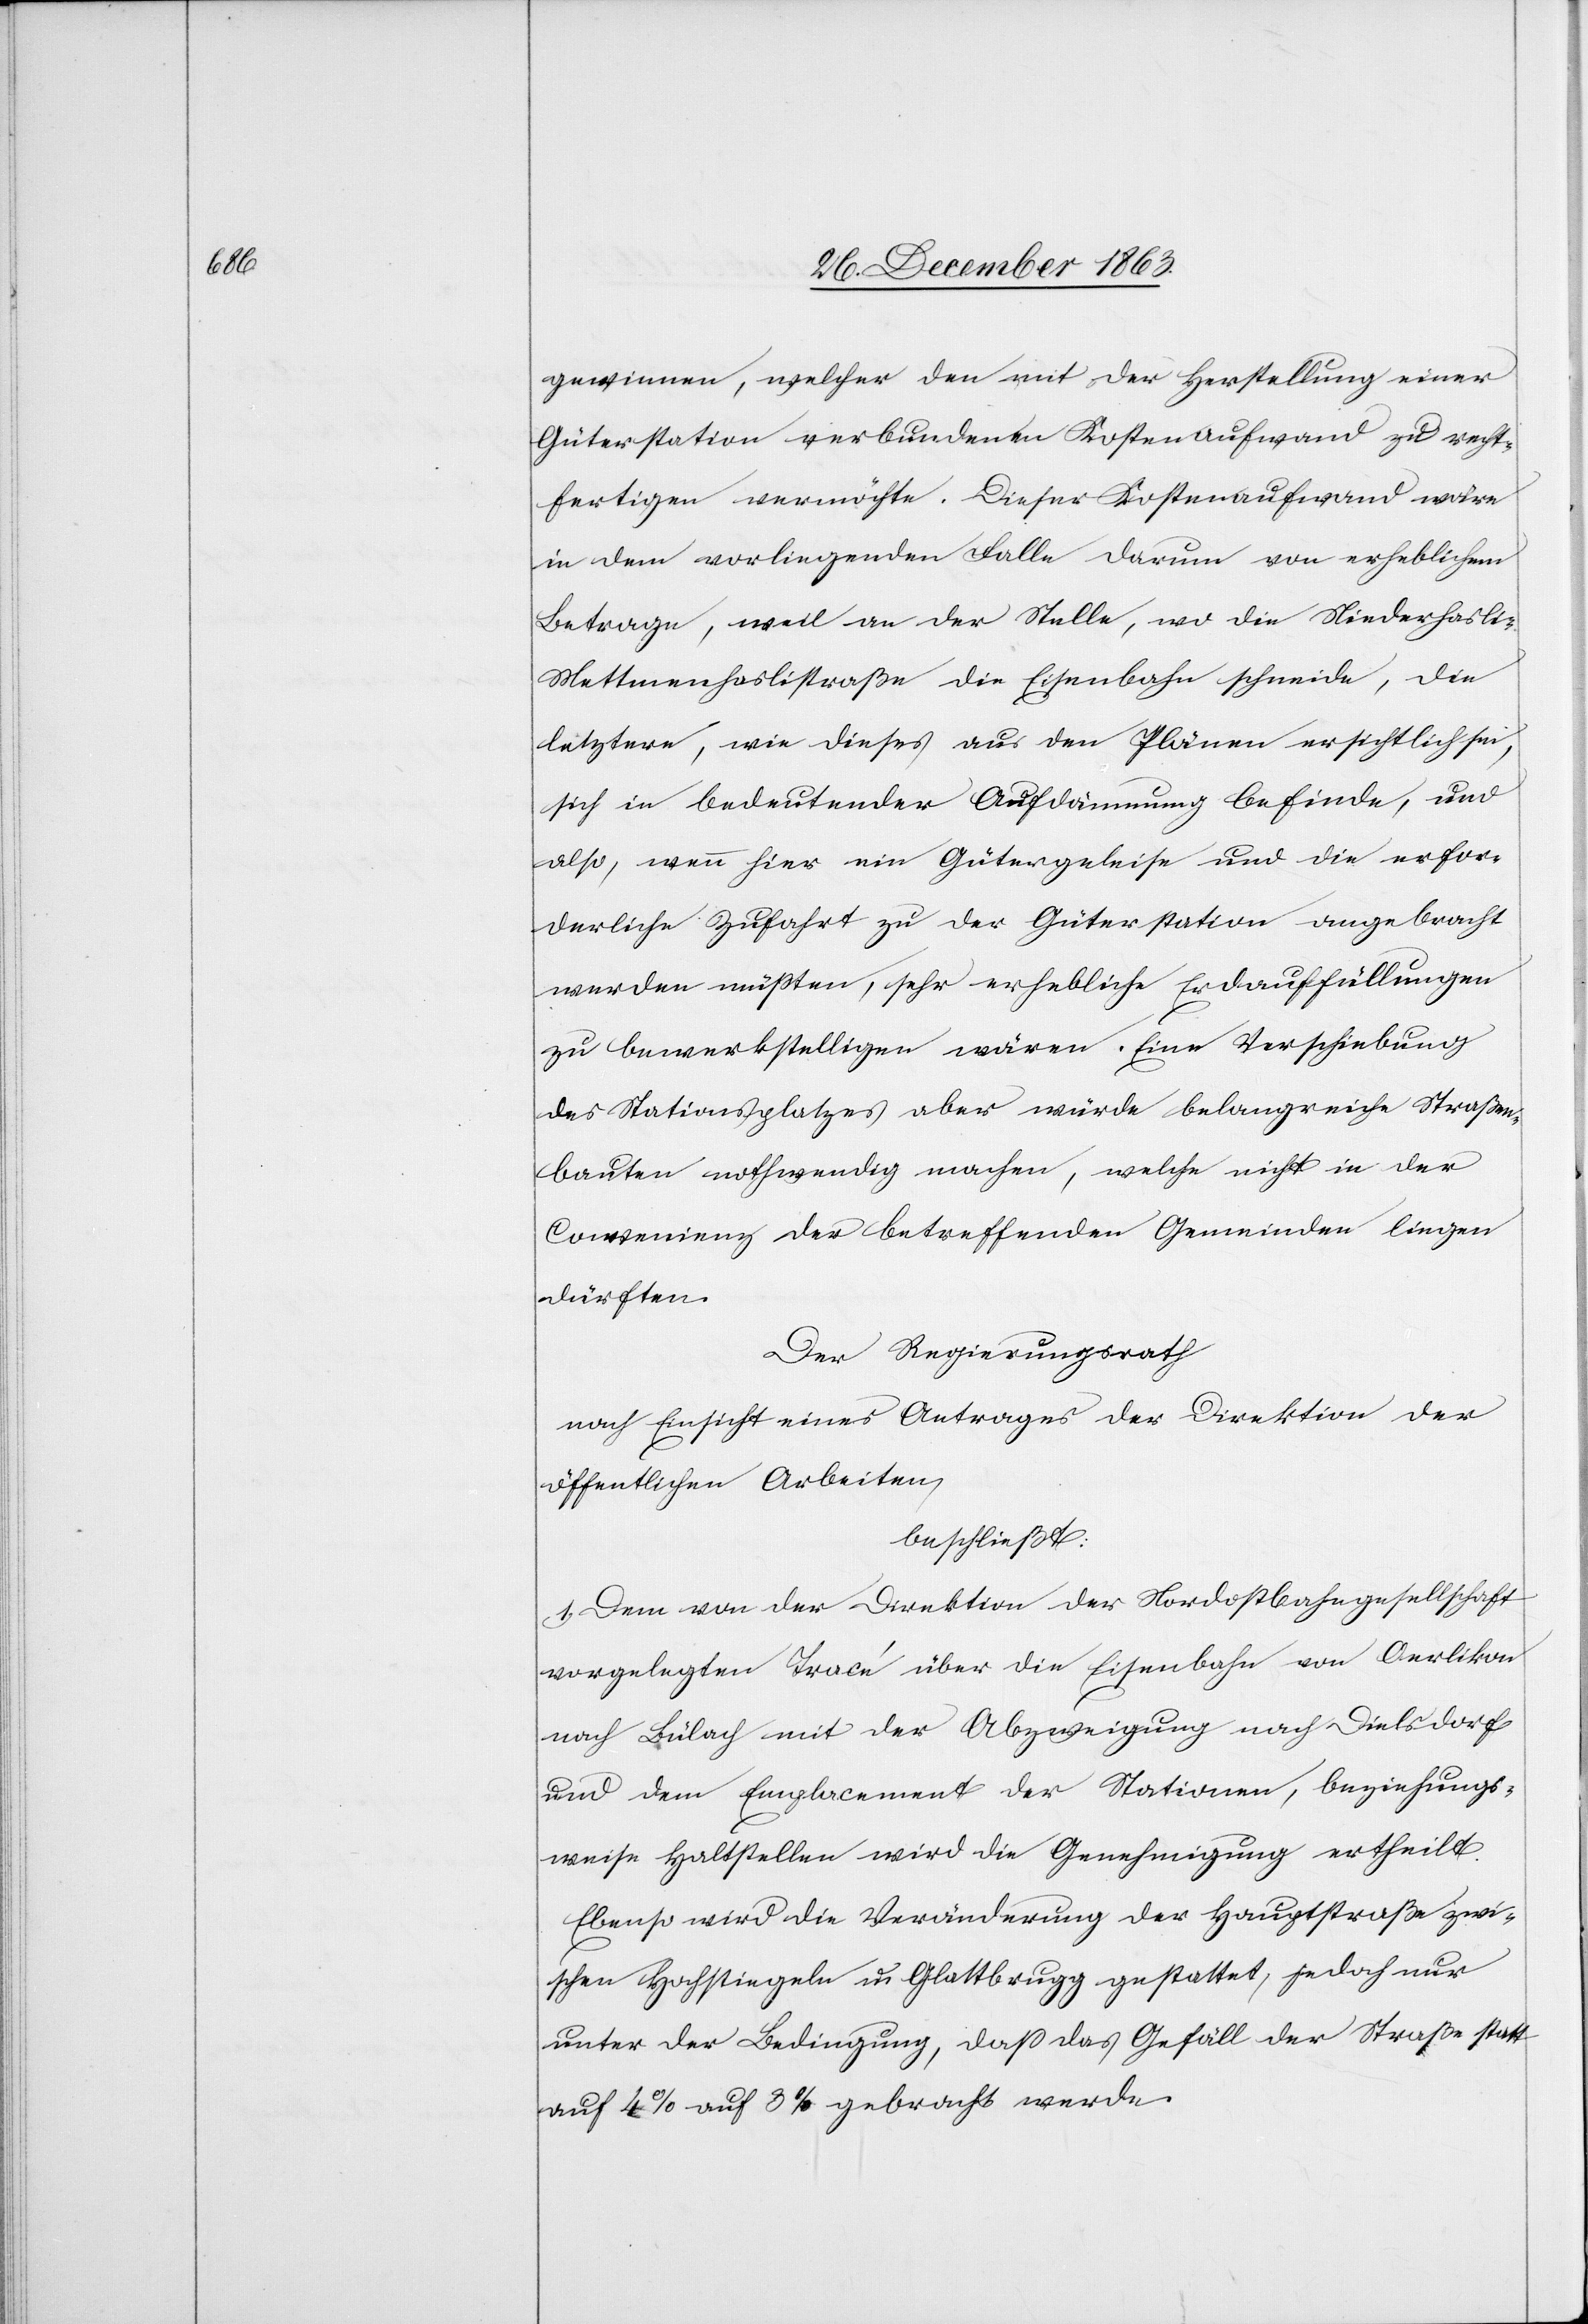
gewinnen, welcher den mit der Herstellung einer
Güterstation verbundenen Kostenaufwand zu recht¬
fertigen vermöchte. Dieser Kostenaufwand wäre
in dem vorliegenden Falle darum von erheblichem
Betrage, weil an der Stelle, wo die Niederhasli-M¬
ettmenhaslistraße die Eisenbahn schneide, die
letztere, wie dieses aus den Plänen ersichtlich sei,
sich in bedeutender Aufdämmung befinde, und
also, wenn hier ein Gütergeleise und die erfor¬
derliche Zufahrt zu der Güterstation angebracht
werden müßten, sehr erhebliche Erdauffüllungen
zu bewerkstelligen wären. Eine Verschiebung
des Stationsplatzes aber würde belangreiche Straßen¬
bauten nothwendig machen, welche nicht in der
Convenienz der betreffenden Gemeinden liegen
dürften.
Der Regierungsrath
nach Einsicht eines Antrages der Direktion der
öffentlichen Arbeiten
beschließt:
1. Dem von der Direktion der Nordostbahngesellschaft
vorgelegten Tracé über die Eisenbahn von Oerlikon
nach Bülach mit der Abzweigung nach Dielsdorf
und dem Emplacement der Stationen, beziehungs¬
weise Haltstellen wird die Genehmigung ertheilt.
Ebenso wird die Veränderung der Hauptstraße zwi¬
schen Hochstiegeln u. Glattbrugg gestattet, jedoch nur
unter der Bedingung, dass das Gefäll der Straße statt
auf 4% auf 3% gebracht werde.